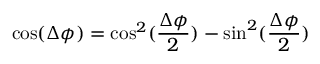
\cos ( \Delta \phi ) = \cos ^ { 2 } ( \frac { \Delta \phi } { 2 } ) - \sin ^ { 2 } ( \frac { \Delta \phi } { 2 } )